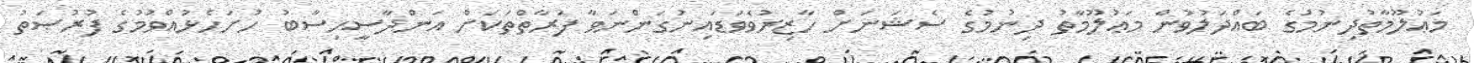
މަޢުލޫމާތުދިނުމުގެ ބައްދަލުވުން މަޢުލޫމާތު ދިނުމުގެ ސެޝަނަށް ހާޒިރުވެވަޑައިނުގަންނަވާ ފަރާތްތަކަށް އަންދާސީހިސާބު ހުށަހެޅުއްވުމުގެ ފުރުޞަތު